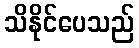
သိနိုင်ပေသည်